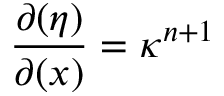
\frac { \partial ( \eta ) } { \partial ( x ) } = \kappa ^ { n + 1 }